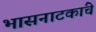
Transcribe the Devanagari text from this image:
भासनाटकांचे